Vaccination in Bombay 1874-1876 - 1874-1876
Year: 1874
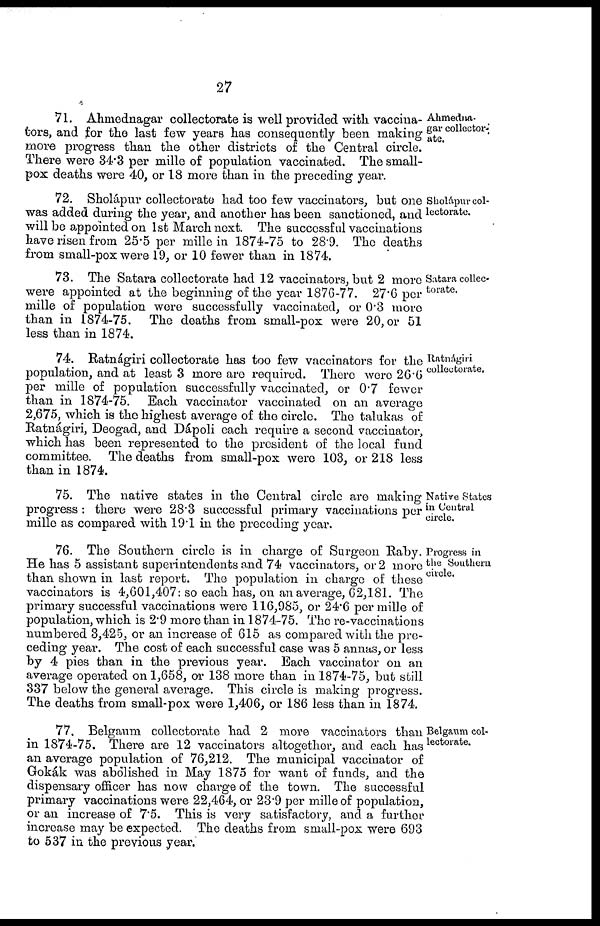
27
Ahmedna¬
gar collector¬
ate.
71. Ahmednagar collectorate is well provided with vaccina-
tors, and for the last few years has consequently been making
more progress than the other districts of the Central circle.
There were 34.3 per mille of population vaccinated. The small-
pox deaths were 40, or 18 more than in the preceding year.
Sholápur col-
lectorate.
72. Sholápur collectorate had too few vaccinators, but one
was added during the year, and another has been sanctioned, and
will be appointed on 1st March next. The successful vaccinations
have risen from 25.5 per mille in 1874-75 to 28.9. The deaths
from small-pox were 19, or 10 fewer than in 1874.
Satara collec-
torate.
73. The Satara collectorate had 12 vaccinators, but 2 more
were appointed at the beginning of the year 1876-77. 27.6 per
mille of population were successfully vaccinated, or 0.3 more
than in 1874-75. The deaths from small-pox were 20, or 51
less than in 1874.
Ratnágiri
collectorate.
74. Ratnágiri collectorate has too few vaccinators for the
population, and at least 3 more are required. There were 26.6
per mille of population successfully vaccinated, or 0.7 fewer
than in 1874-75. Each vaccinator vaccinated on an average
2,675, which is the highest average of the circle. The talukas of
Ratnágiri, Deogad, and Dápoli each require a second vaccinator,
which has been represented to the president of the local fund
committee. The deaths from small-pox were 103, or 218 less
than in 1874.
Native States
in Central
circle.
75. The native states in the Central circle are making
progress : there were 28.3 successful primary vaccinations per
mille as compared with 19.1 in the preceding year.
Progress in
the Southern
circle.
76. The Southern circle is in charge of Surgeon Raby.
He has 5 assistant superintendents and 74 vaccinators, or 2 more
than shown in last report. The population in charge of these
vaccinators is 4,601,407: so each has, on an average, 62,181. The
primary successful vaccinations were 116,985, or 24.6 per mille of
population, which is 2.9 more than in 1874-75. The re-vaccinations
numbered 3,425, or an increase of 615 as compared with the pre-
ceding year. The cost of each successful case was 5 annas, or less
by 4 pies than in the previous year. Each vaccinator on an
average operated on 1,658, or 138 more than in 1874-75, but still
337 below the general average. This circle is making progress.
The deaths from small-pox were 1,406, or 186 less than in 1874.
Belgaum col-
lectorate.
77. Belgaum collectorate had 2 more vaccinators than
in 1874-75. There are 12 vaccinators altogether, and each has
an average population of 76,212. The municipal vaccinator of
Gokák was abolished in May 1875 for want of funds, and the
dispensary officer has now charge of the town. The successful
primary vaccinations were 22,464, or 23.9 per mille of population,
or an increase of 7.5. This is very satisfactory, and a further
increase may be expected. The deaths from small-pox were 693
to 537 in the previous year.